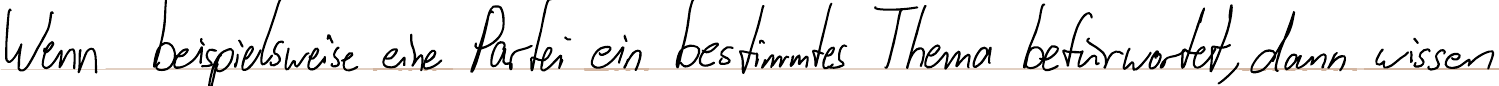
Wenn beispielsweise eine Partei ein bestimmtes Thema befürwortet, dann wissen